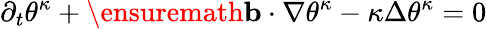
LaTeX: \partial_{t}\theta^{\kappa}+\ensuremath{\mathbf{b}}\cdot\nabla\theta^{\kappa}-\kappa\Delta\theta^{\kappa}=0